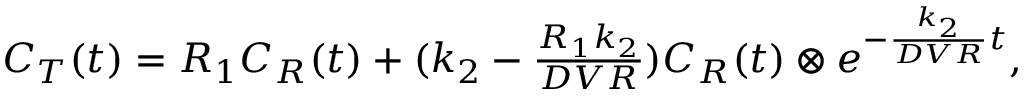
\begin{array} { r } { C _ { T } ( t ) = R _ { 1 } C _ { R } ( t ) + ( k _ { 2 } - \frac { R _ { 1 } k _ { 2 } } { D V R } ) C _ { R } ( t ) \otimes e ^ { - \frac { k _ { 2 } } { D V R } t } , } \end{array}